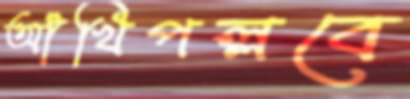
আঁখিপল্লবে